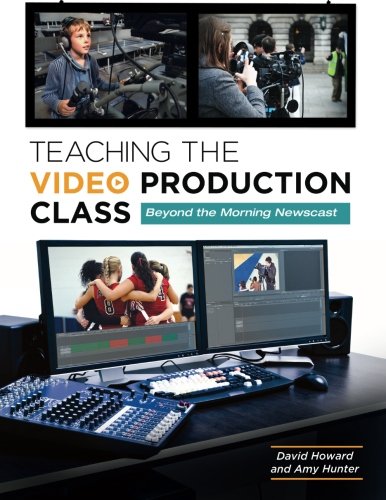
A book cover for Teaching the Video Production Class: Beyond the Morning Newscast; David Howard; Humor & Entertainment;